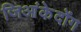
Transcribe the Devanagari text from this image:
जिआंकेदोंग